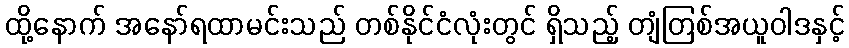
ထို့နောက် အနော်ရထာမင်းသည် တစ်နိုင်ငံလုံးတွင် ရှိသည့် တျံတြစ်အယူဝါဒနှင့်